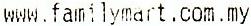
WWW.FAMILYMART.COM.MY